Trukikaitis_Postimees, lk 44
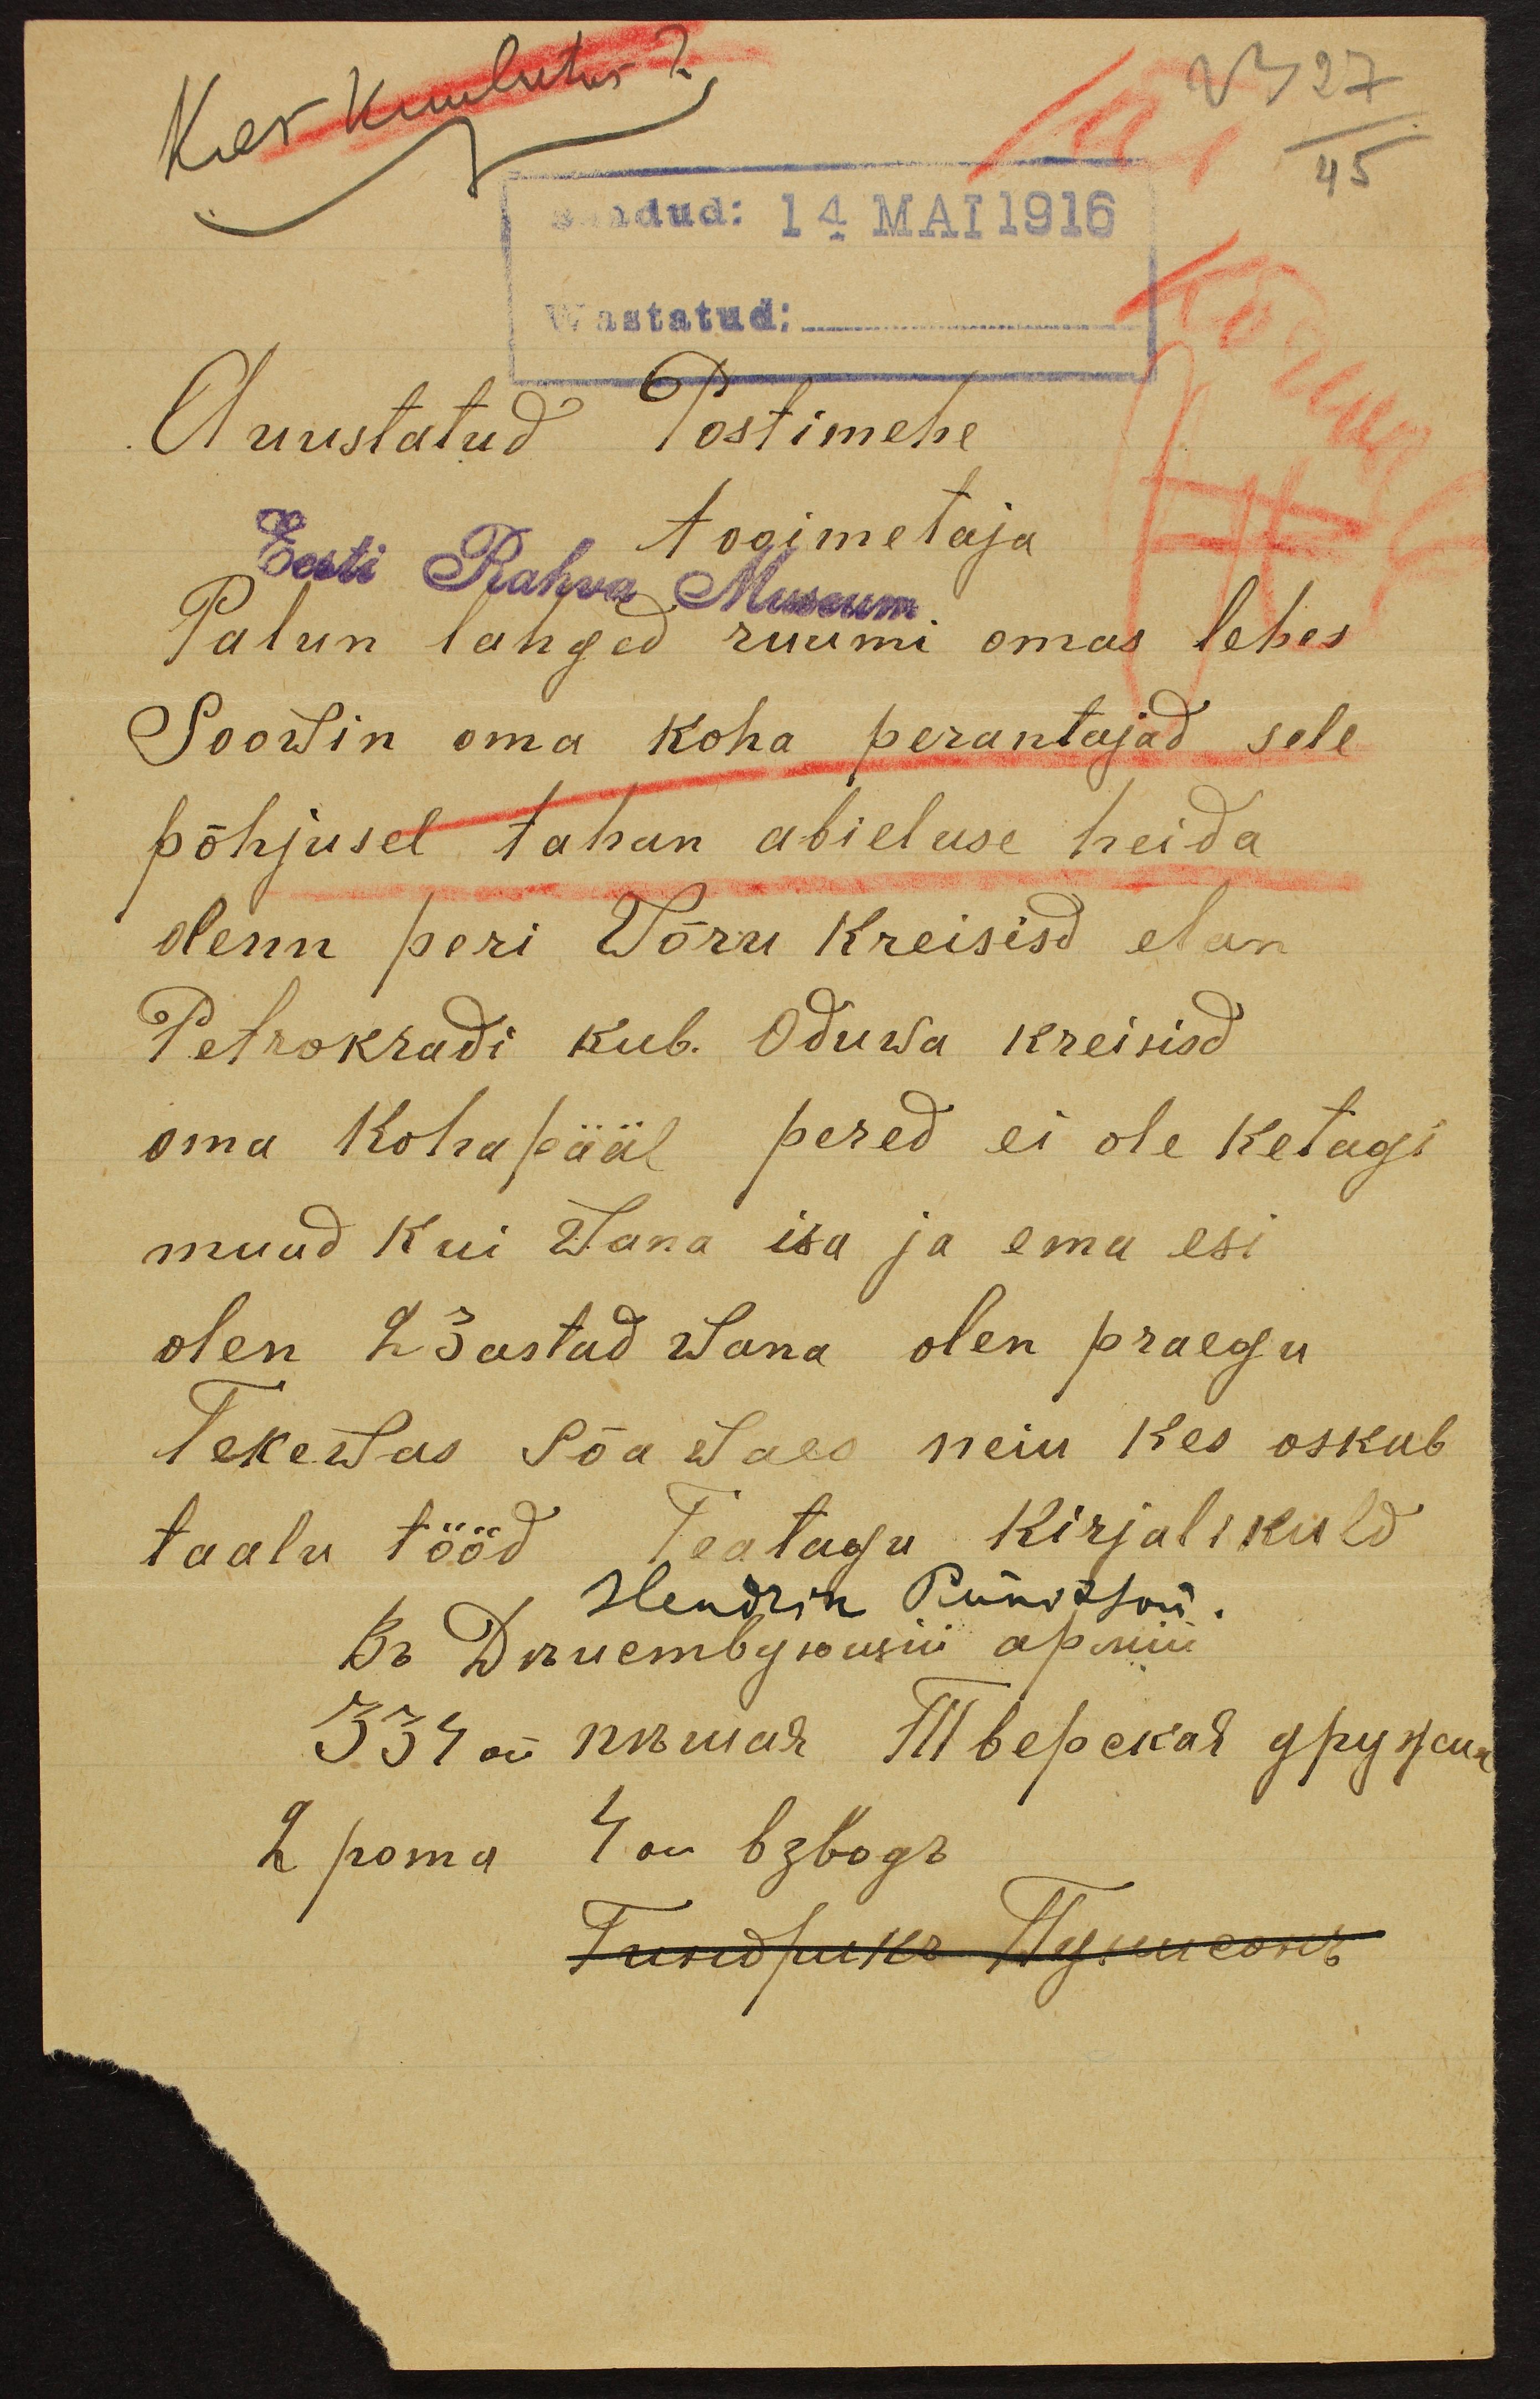
Kas kuulutus?
23 27
45
Saadud: 14 MAI 1916
Wastatud:
Auustatud Postimehe
tooimetaja
Eesti Rahva Museum
Palun lahged ruumi omas lehes
Soowin oma koha perantajad sele
põhjusel tahan abieluse heida
olenn peri Võru kreisist elan
Petrokradi kub. Oduwa kreisisd
oma kohapääl pered ei ole ketagi
muud kui Wana isa ja ema esi
olen 23 astad wana olen praegu
Tekewas Sõa waes neiu kes oskab
taalu tööd Teatagu kirjalikult
Hendrik Pündsoni